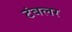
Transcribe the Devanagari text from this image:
टंबलर